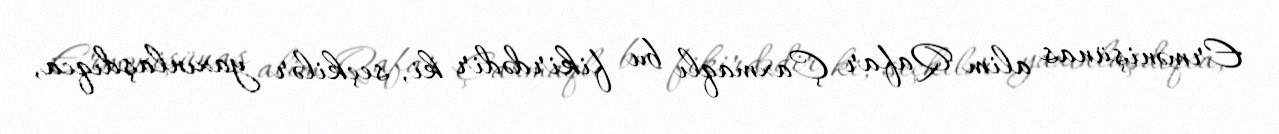
Ermənişünas alim Qafar Çaxmaqlı bu fikirdədir ki, seçkilər yaxınlaşdıqca,